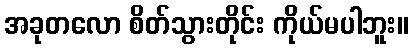
အခုတလော စိတ်သွားတိုင်း ကိုယ်မပါဘူး။